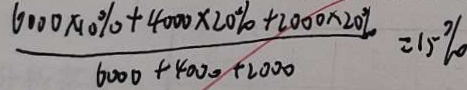
\frac { 6 0 0 0 \times 1 0 \% + 4 0 0 0 \times 2 0 \% + 2 0 0 0 \times 2 0 \% } { 6 0 0 0 + 4 0 0 0 + 2 0 0 0 } = 1 5 \%